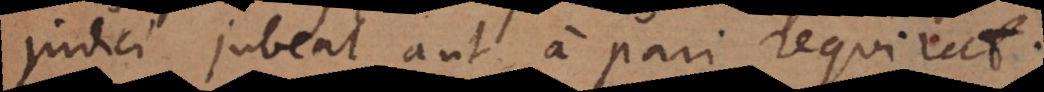
judici jubeat, aut a pari requirat.